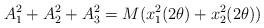
LaTeX: \begin{align*}A_1^2+A_2^2+A_3^2= M(x_1^2(2{\theta}) +x_2^2(2{\theta}))\end{align*}